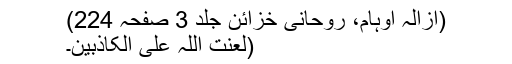
(ازالہ اوہام، روحانی خزائن جلد 3 صفحہ 224)
(لعنت اللہ علی الکاذبین۔